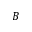
B